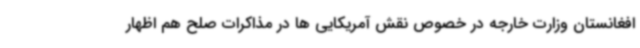
افغانستان وزارت خارجه در خصوص نقش آمریکایی ها در مذاکرات صلح هم اظهار